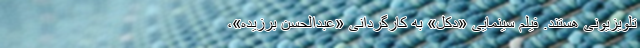
تلویزیونی هستند. فیلم سینمایی «دکل» به کارگردانی «عبدالحسن برزیده»،